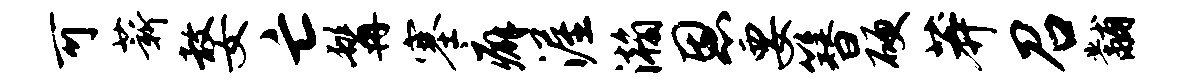
可薪嫠亡髯塞癖渥瀚恩要簪硬莽召黼